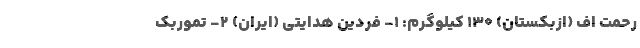
رحمت اف (ازبکستان) ۱۳۰ کیلوگرم: ۱- فردین هدایتی (ایران) ۲- تموربک